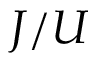
J / U